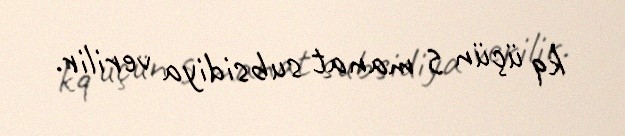
kq üçün 5 manat subsidiya verilir.